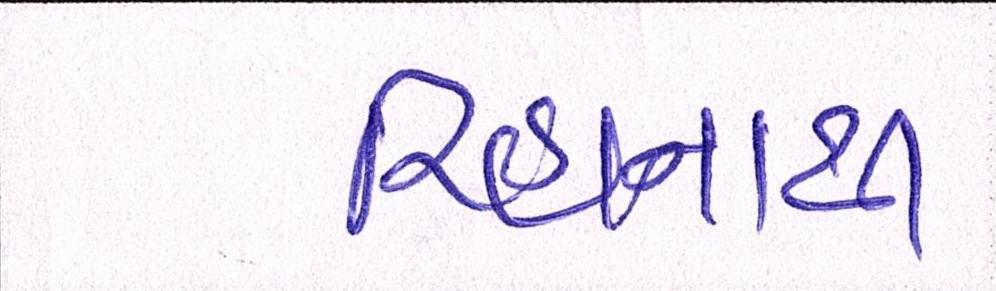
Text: રિહાનાથી